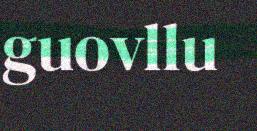
guovllu